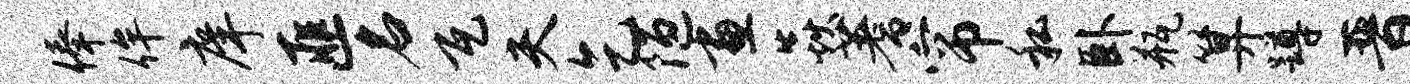
俸侔庠匪名瓦夫乞陋画焱蓍帘私卧瓶算蹲晋